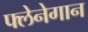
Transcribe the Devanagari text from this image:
फ्लेनेगान